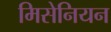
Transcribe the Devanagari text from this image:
मिसेनियन